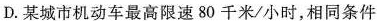
D.某城市机动车最高限速80千米/小时，相同条件